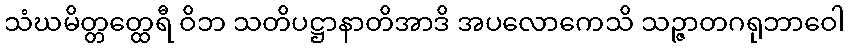
သံဃမိတ္တတ္ထေရီ ဝိဘ သတိပဋ္ဌာနာတိအာဒိ အပလောကေသိ သဉ္ဇာတဂရုဘာဝေါ